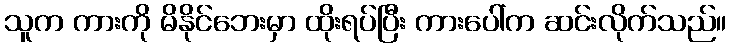
သူက ကားကို မိနိုင်ဘေးမှာ ထိုးရပ်ပြီး ကားပေါ်က ဆင်းလိုက်သည်။